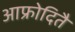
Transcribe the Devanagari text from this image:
आफ्रोदितै